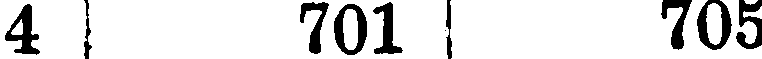
4 | 701 | 705